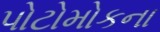
પોટોમોકના